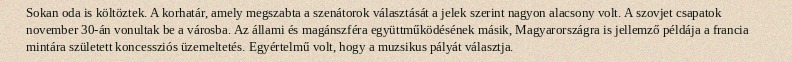
Sokan oda is költöztek. A korhatár, amely megszabta a szenátorok választását a jelek szerint nagyon alacsony volt. A szovjet csapatok november 30-án vonultak be a városba. Az állami és magánszféra együttműködésének másik, Magyarországra is jellemző példája a francia mintára született koncessziós üzemeltetés. Egyértelmű volt, hogy a muzsikus pályát választja.